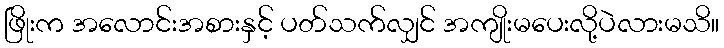
ဖြိုးက အလောင်းအစားနှင့် ပတ်သက်လျှင် အကျိုးမပေးလို့ပဲလားမသိ။